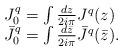
LaTeX: \begin{align*}\begin{array}{lcr}J_{0}^q=\int {dz\over 2i\pi}J^q(z)\\ \bar{J}_{0}^q=\int{d{\bar{z}} \over {2i\pi}}{\bar{J}}^{q}(\bar z).\end{array}\end{align*}